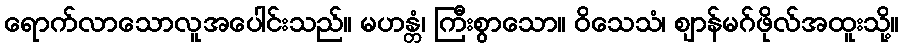
ရောက်လာသောလူအပေါင်းသည်။ မဟန္တံ၊ ကြီးစွာသော။ ဝိသေသံ၊ ဈာန်မဂ်ဖိုလ်အထူးသို့။